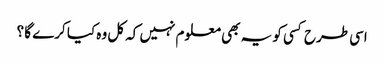
اسی طرح کسی کو یہ بھی معلوم نہیں کہ کل وہ کیا کرے گا ؟